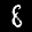
Label: 8